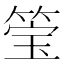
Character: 𮵶